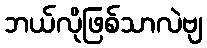
ဘယ်လိုဖြစ်သာလဲဗျ